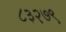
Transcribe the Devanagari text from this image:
८३२७९